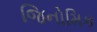
જિનોમિક